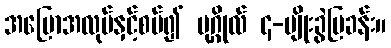
အပြောအလုပ်နှင့်စပ်၍ ပုဂ္ဂိုလ် ၄-မျိုးခွဲပြခန်း။